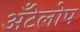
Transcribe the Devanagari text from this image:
अँटेलोप